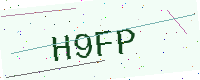
Text: H9FP